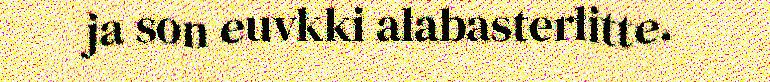
ja son euvkki alabasterlitte.